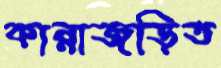
কান্নাজড়িত